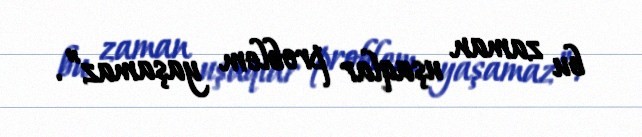
bu zaman uşaqlar problem yaşamaz”.